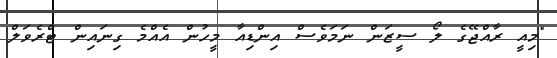
"މިއީ ރާއްޖޭގެ ލޯ ސީޒަން ނަމަވެސް އިންޑިއާ މީހުން އެއްމެ ގިނައިން ޓްރެވަލް